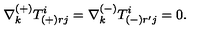
\nabla _ { k } ^ { ( + ) } T _ { ( + ) r j } ^ { i } = \nabla _ { k } ^ { ( - ) } T _ { ( - ) r ^ { \prime } j } ^ { i } = 0 .